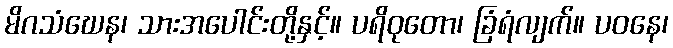
မိဂသံဃေန၊ သားအပေါင်းတို့နှင့်။ ပရိဝုတော၊ ခြံရံလျက်။ ပဝနေ၊